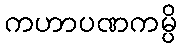
ကဟာပဏကမ္ပိ